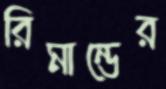
রিমান্ডের